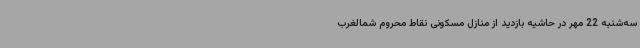
سه‌شنبه 22 مهر در حاشیه بازدید از منازل مسکونی نقاط محروم شمالغرب